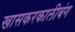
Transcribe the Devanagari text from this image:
खासकरकालीबंग